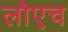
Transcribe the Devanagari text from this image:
लोएच